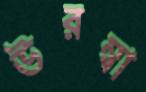
উরম্বা